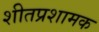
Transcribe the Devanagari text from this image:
शीतप्रशामक